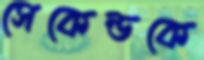
সেকেন্ডকে